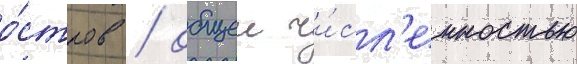
о́стров / общеи чи́сл'енностью